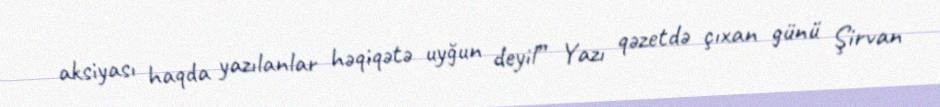
aksiyası haqda yazılanlar həqiqətə uyğun deyil” Yazı qəzetdə çıxan günü Şirvan